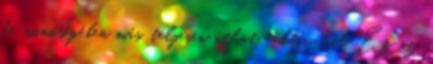
de minőségében más, teljesen áthat: aktív hit. Ez az